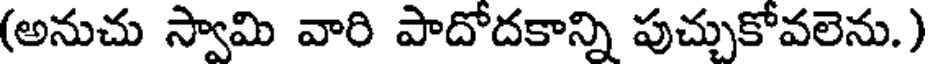
(అనుచు స్వామి వారి పాదోదకాన్ని పుచ్చుకోవలెను.)